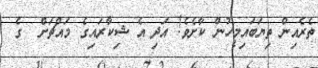
ތެރެއިިން ތިޔަބައިމީހުން ކާށެވެ! އަދި އެ ޝިކާރައިގެ މައްޗަށް  ގެ